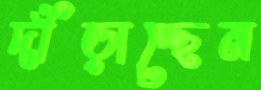
দাঁড়াচ্ছেন